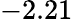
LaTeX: -2.21